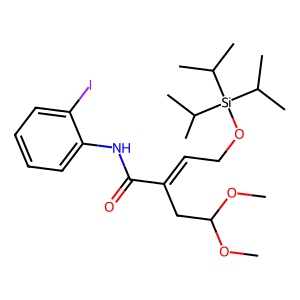
SMILES: COC(CC(=CCO[Si](C(C)C)(C(C)C)C(C)C)C(=O)Nc1ccccc1I)OC
Inhibits HIV replication: No